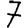
Digit: 7